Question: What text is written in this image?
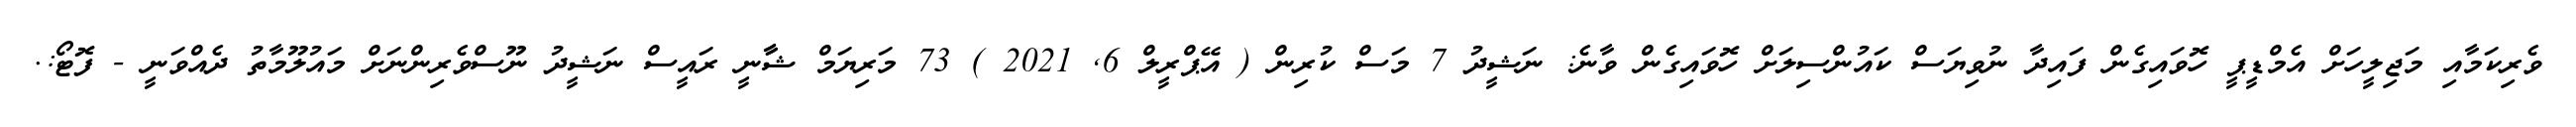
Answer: ވެރިކަމާއި މަޖިލީހަށް އެމްޑީޕީ ހޮވައިގެން ފައިދާ ނުވިޔަސް ކައުންސިލަށް ހޮވައިގެން ވާނެ: ނަޝީދު 7 މަސް ކުރިން ( އޭޕްރީލް 6, 2021 ) 73 މަރިޔަމް ޝާާނީ ރައީސް ނަޝީދު ނޫސްވެރިންނަށް މައުލޫމާތު ދެއްވަނީ - ފޮޓޯ:.